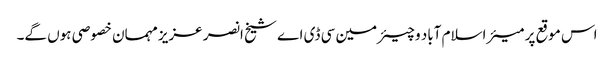
اس موقع پر میئر اسلام آباد و چیئرمین سی ڈی اے شیخ انصر عزیز مہمان خصوصی ہوں گے۔